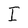
Character: I